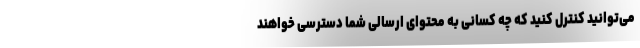
می‌توانید کنترل کنید که چه کسانی به محتوای ارسالی شما دسترسی خواهند